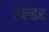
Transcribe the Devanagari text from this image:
हेल्डर